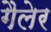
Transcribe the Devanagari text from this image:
गैलेर